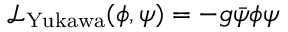
{ \mathcal { L } } _ { \mathrm { Y u k a w a } } ( \phi , \psi ) = - g { \bar { \psi } } \phi \psi